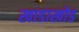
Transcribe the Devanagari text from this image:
खाडाखोड